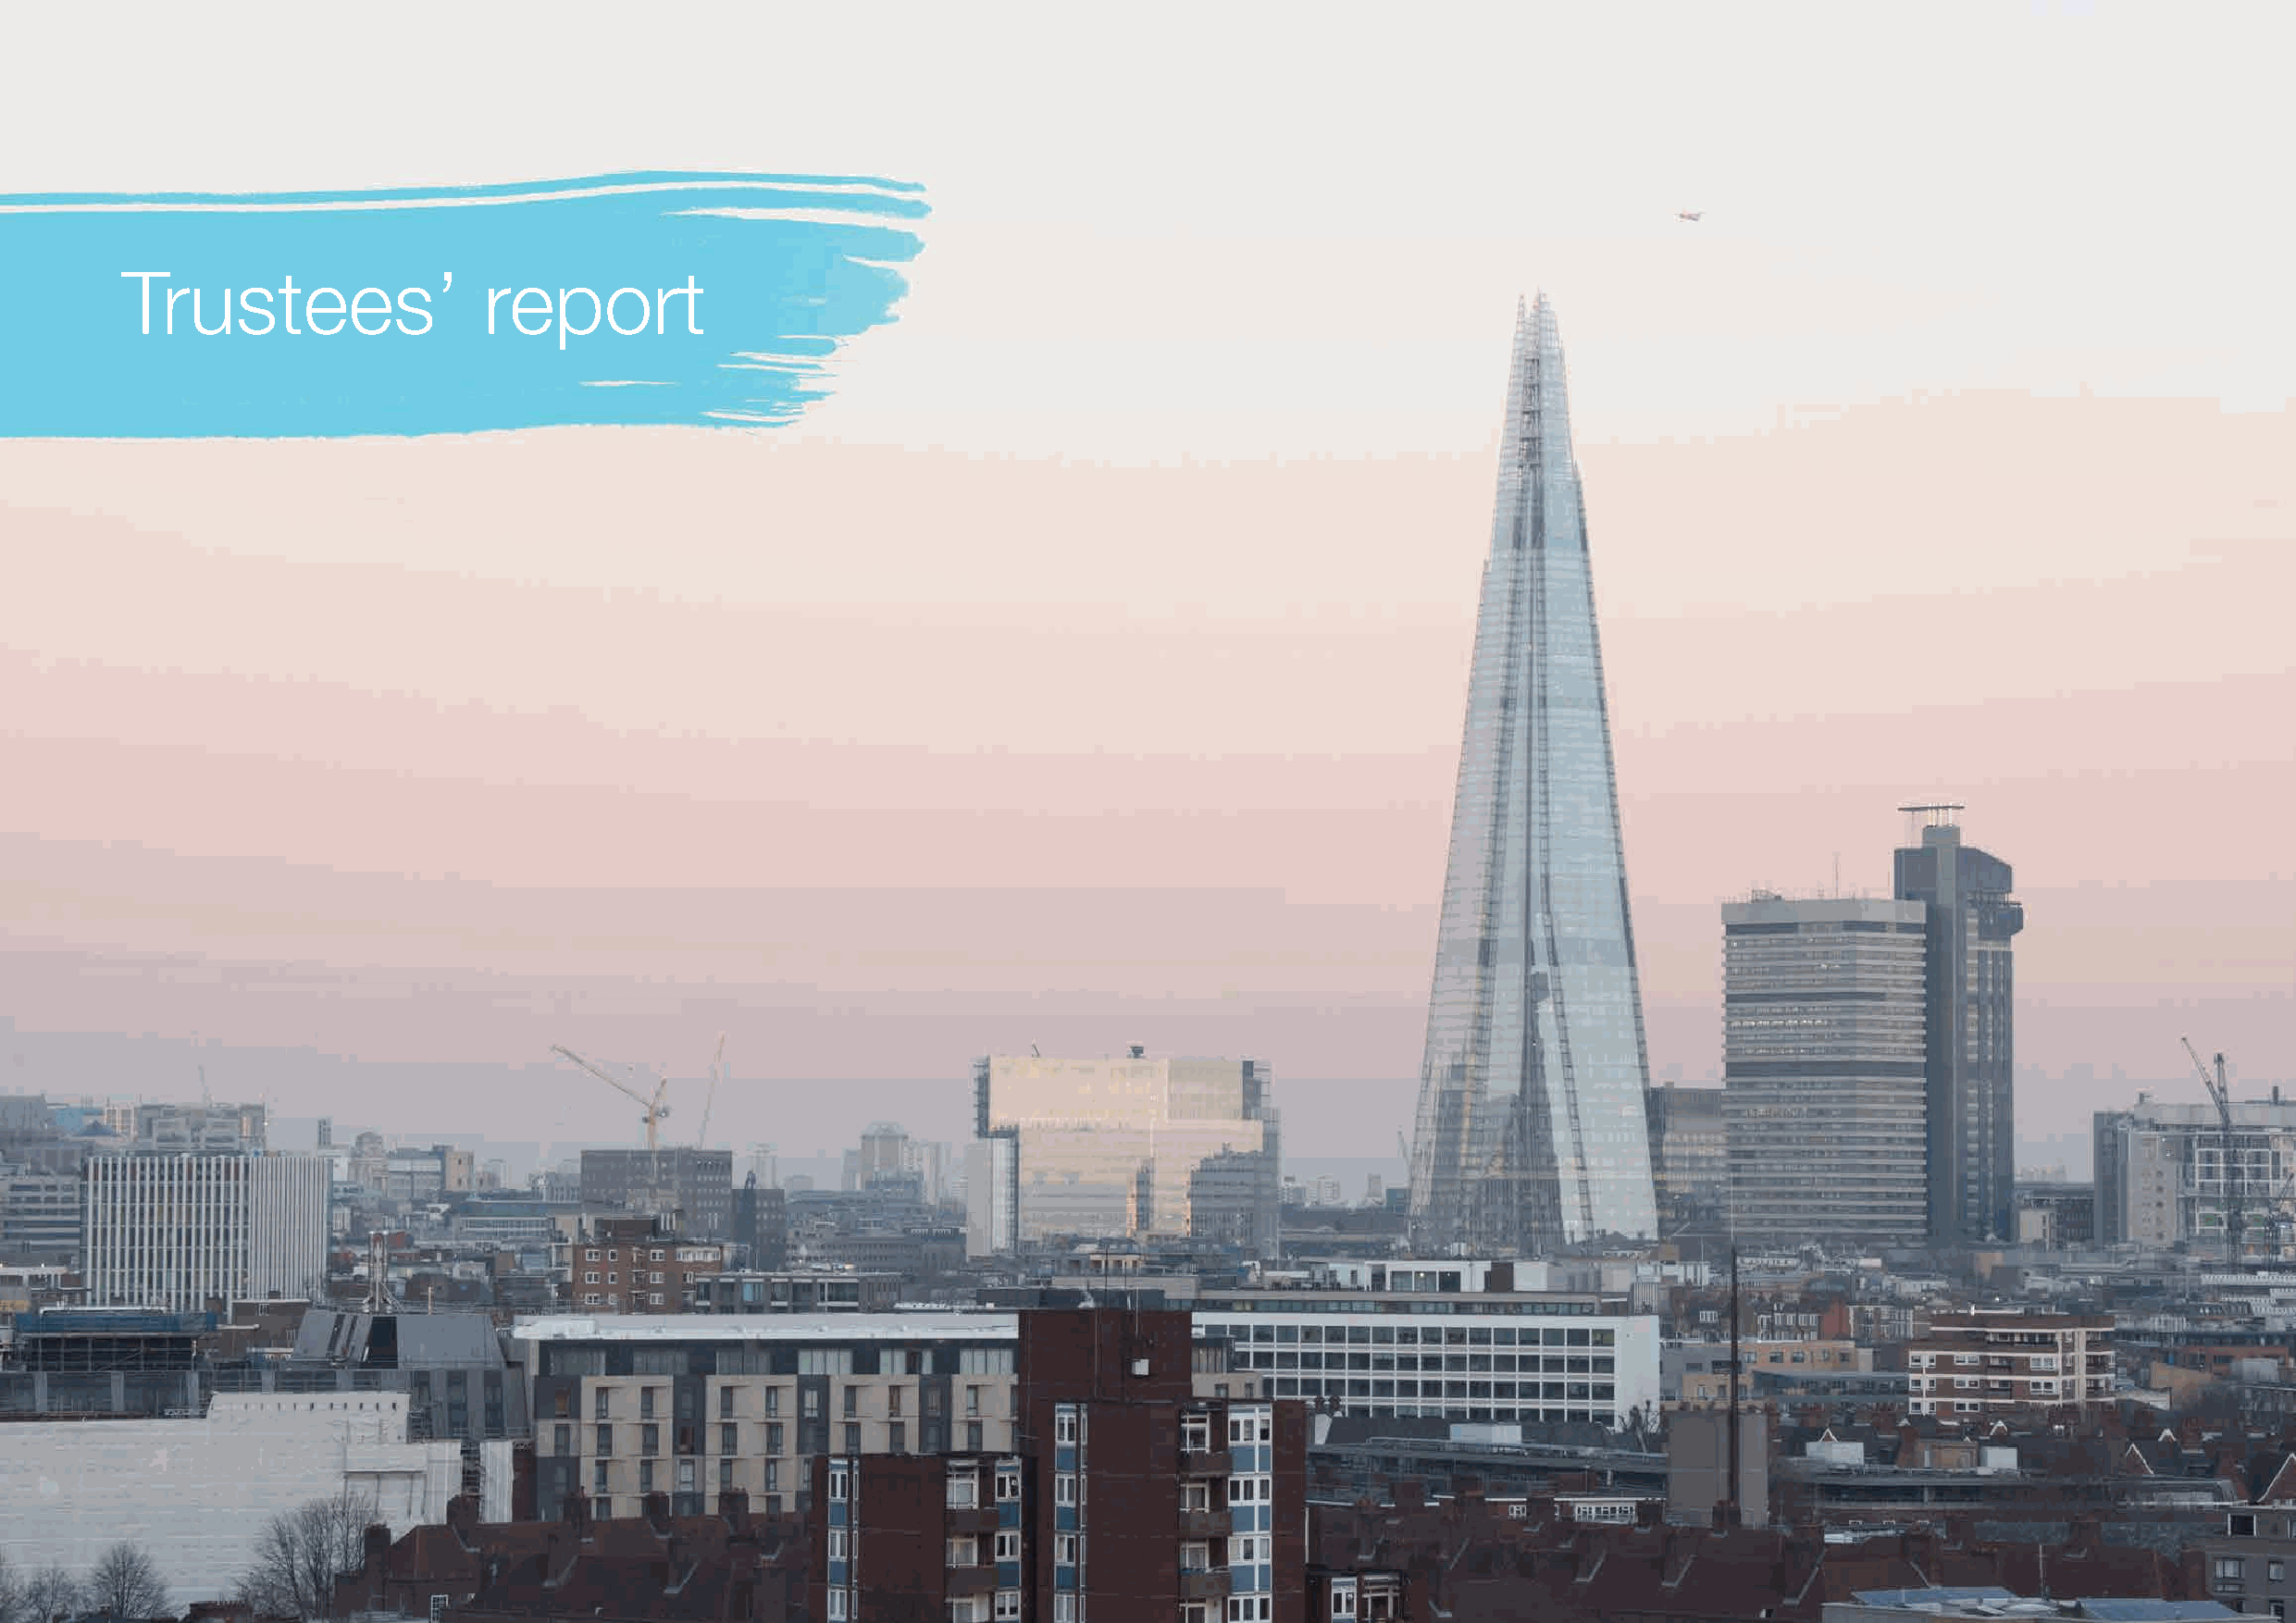
Trustees’                 report